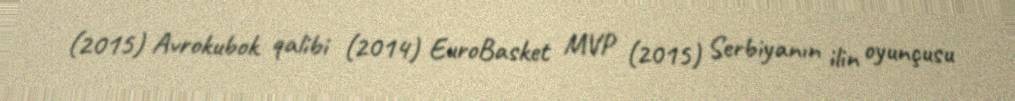
(2015) Avrokubok qalibi (2014) EuroBasket MVP (2015) Serbiyanın ilin oyunçusu